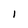
Character: 1